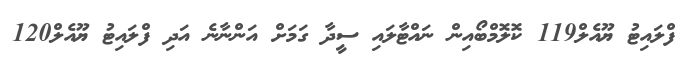
ފްލައިޓު ޔޫއެލް119 ކޮލޮމްބޯއިން ނައްޓާލައި ސީދާ ގަމަށް އަންނާނެ އަދި ފްލައިޓު ޔޫއެލް120